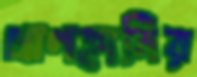
প্রাণহানির